Bréfritari: Soffía Daníelsdóttir
Viðtakandi: Jakobína Magnúsdóttir og Daníel Halldórsson
Dagsetning: A-1888-04-13
Skrifað á: Reykjavík  Gull.
Soffía var dóttir Jakobínu og Daníels

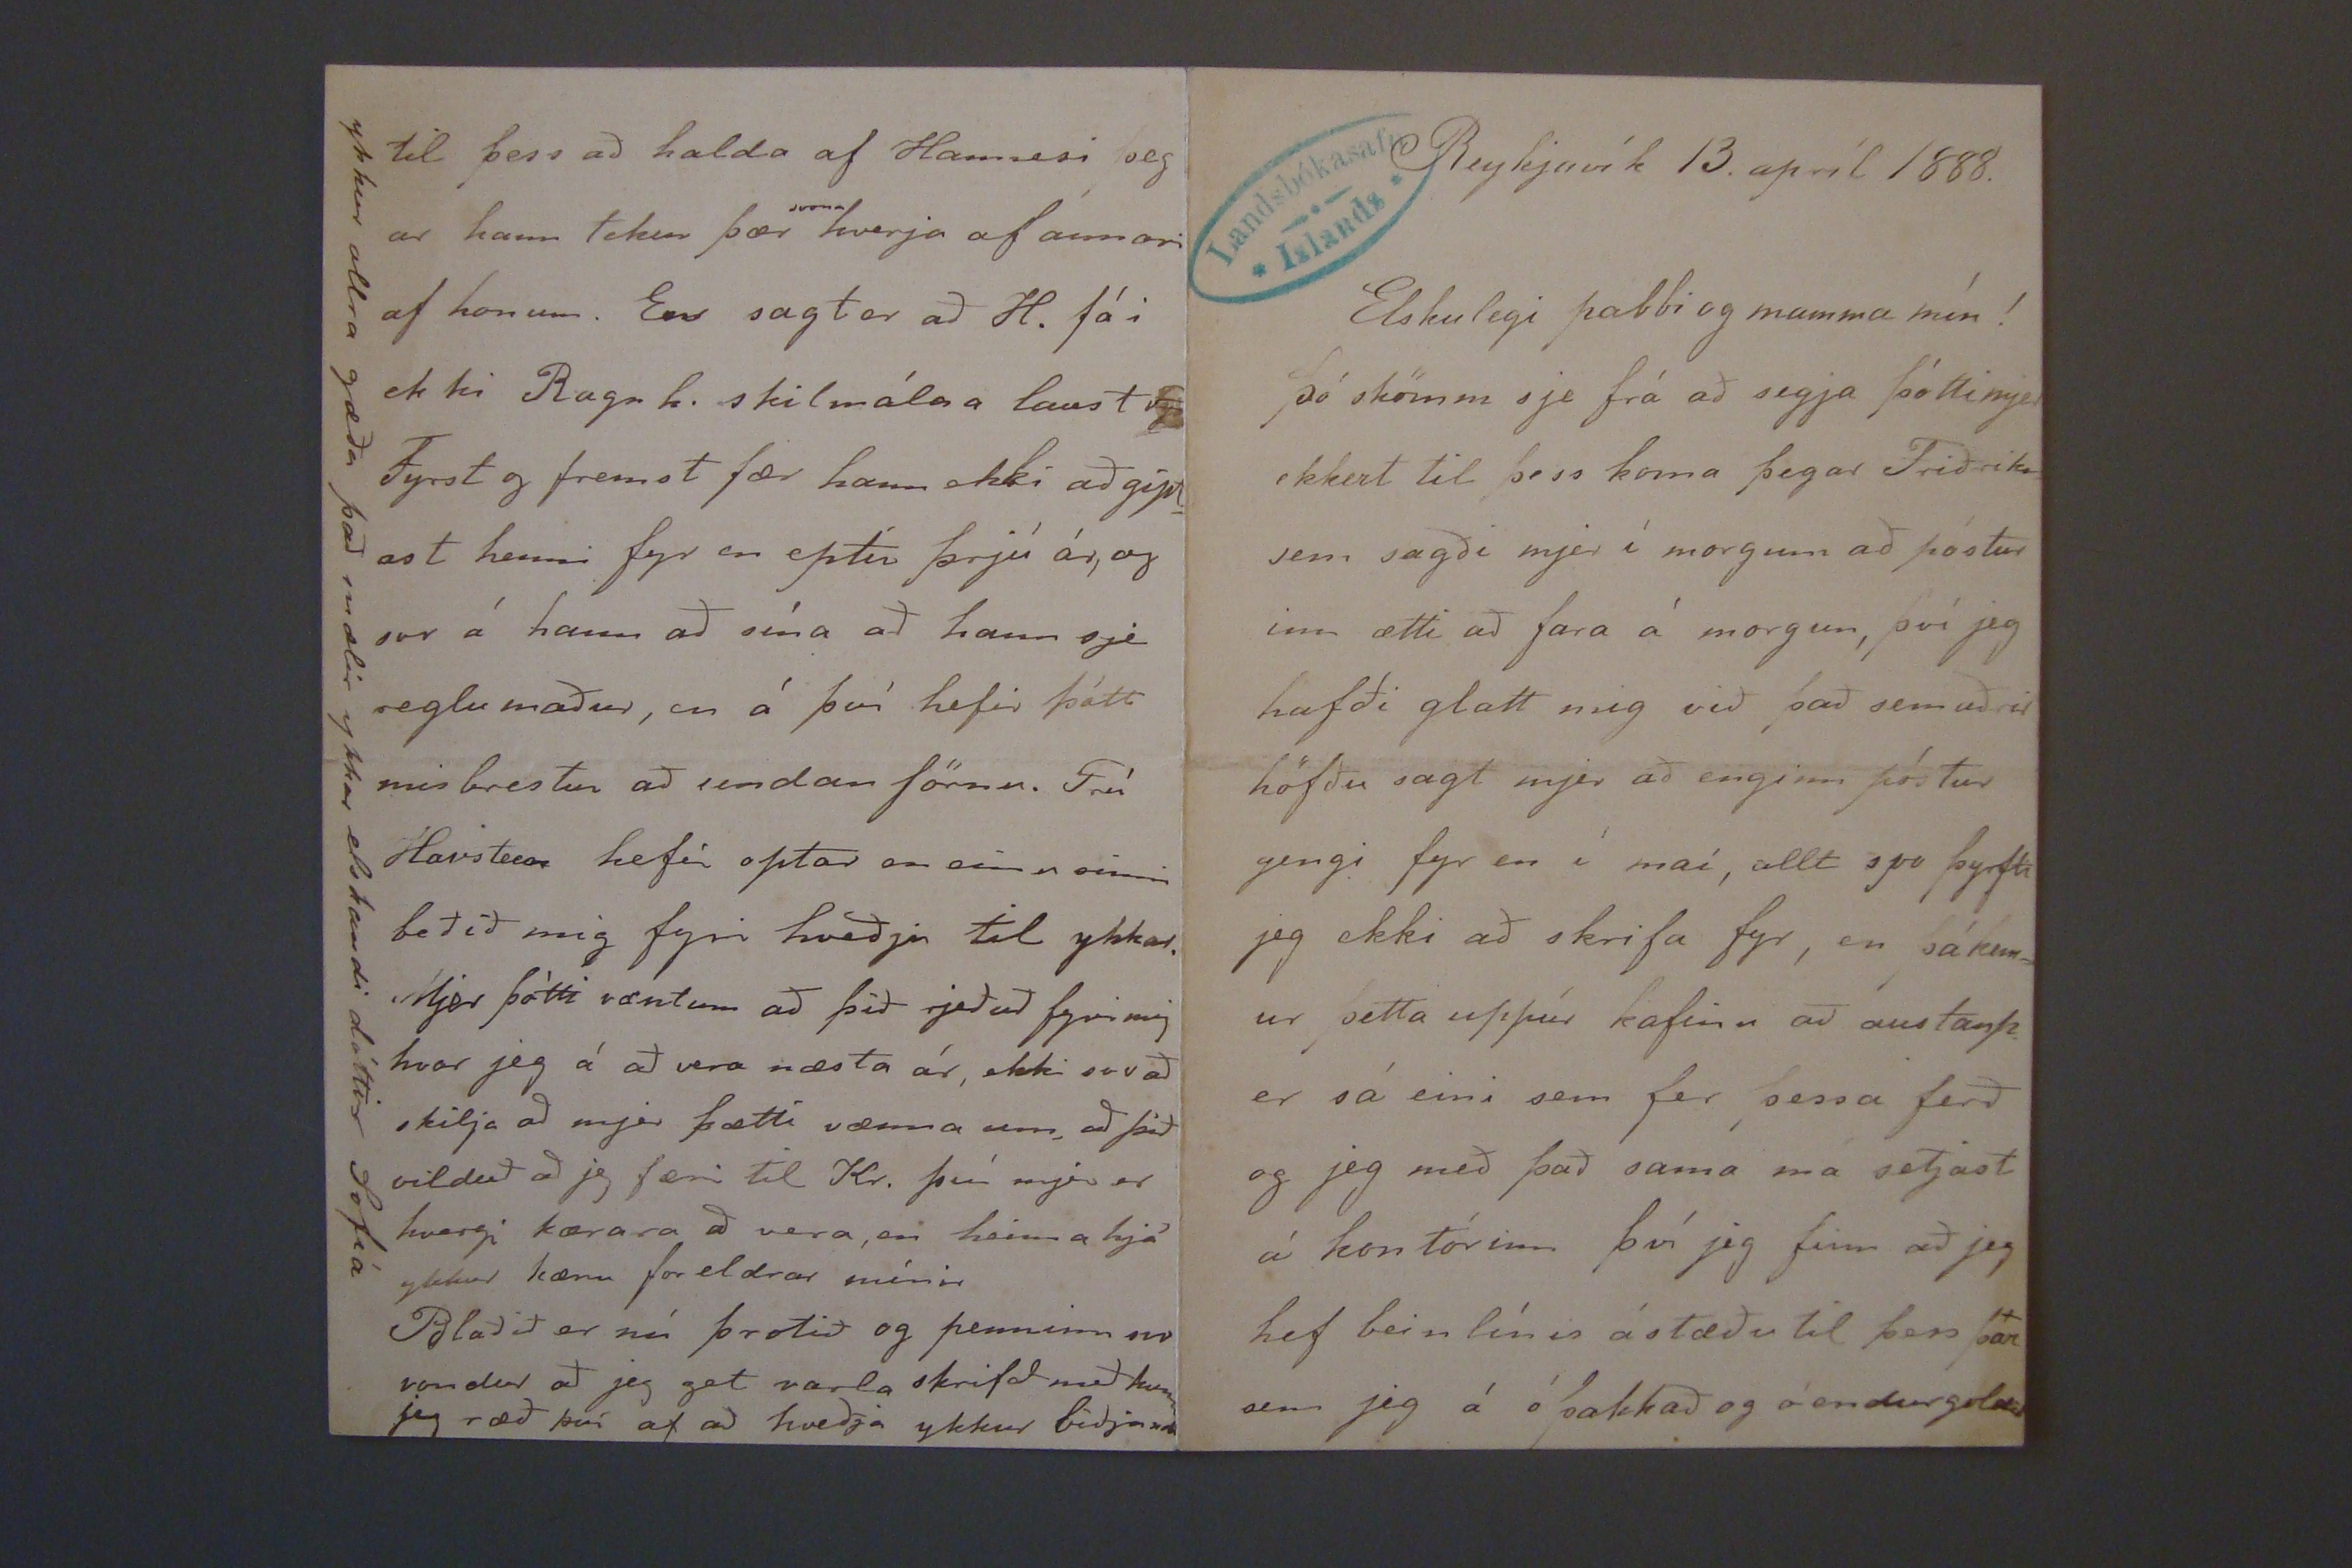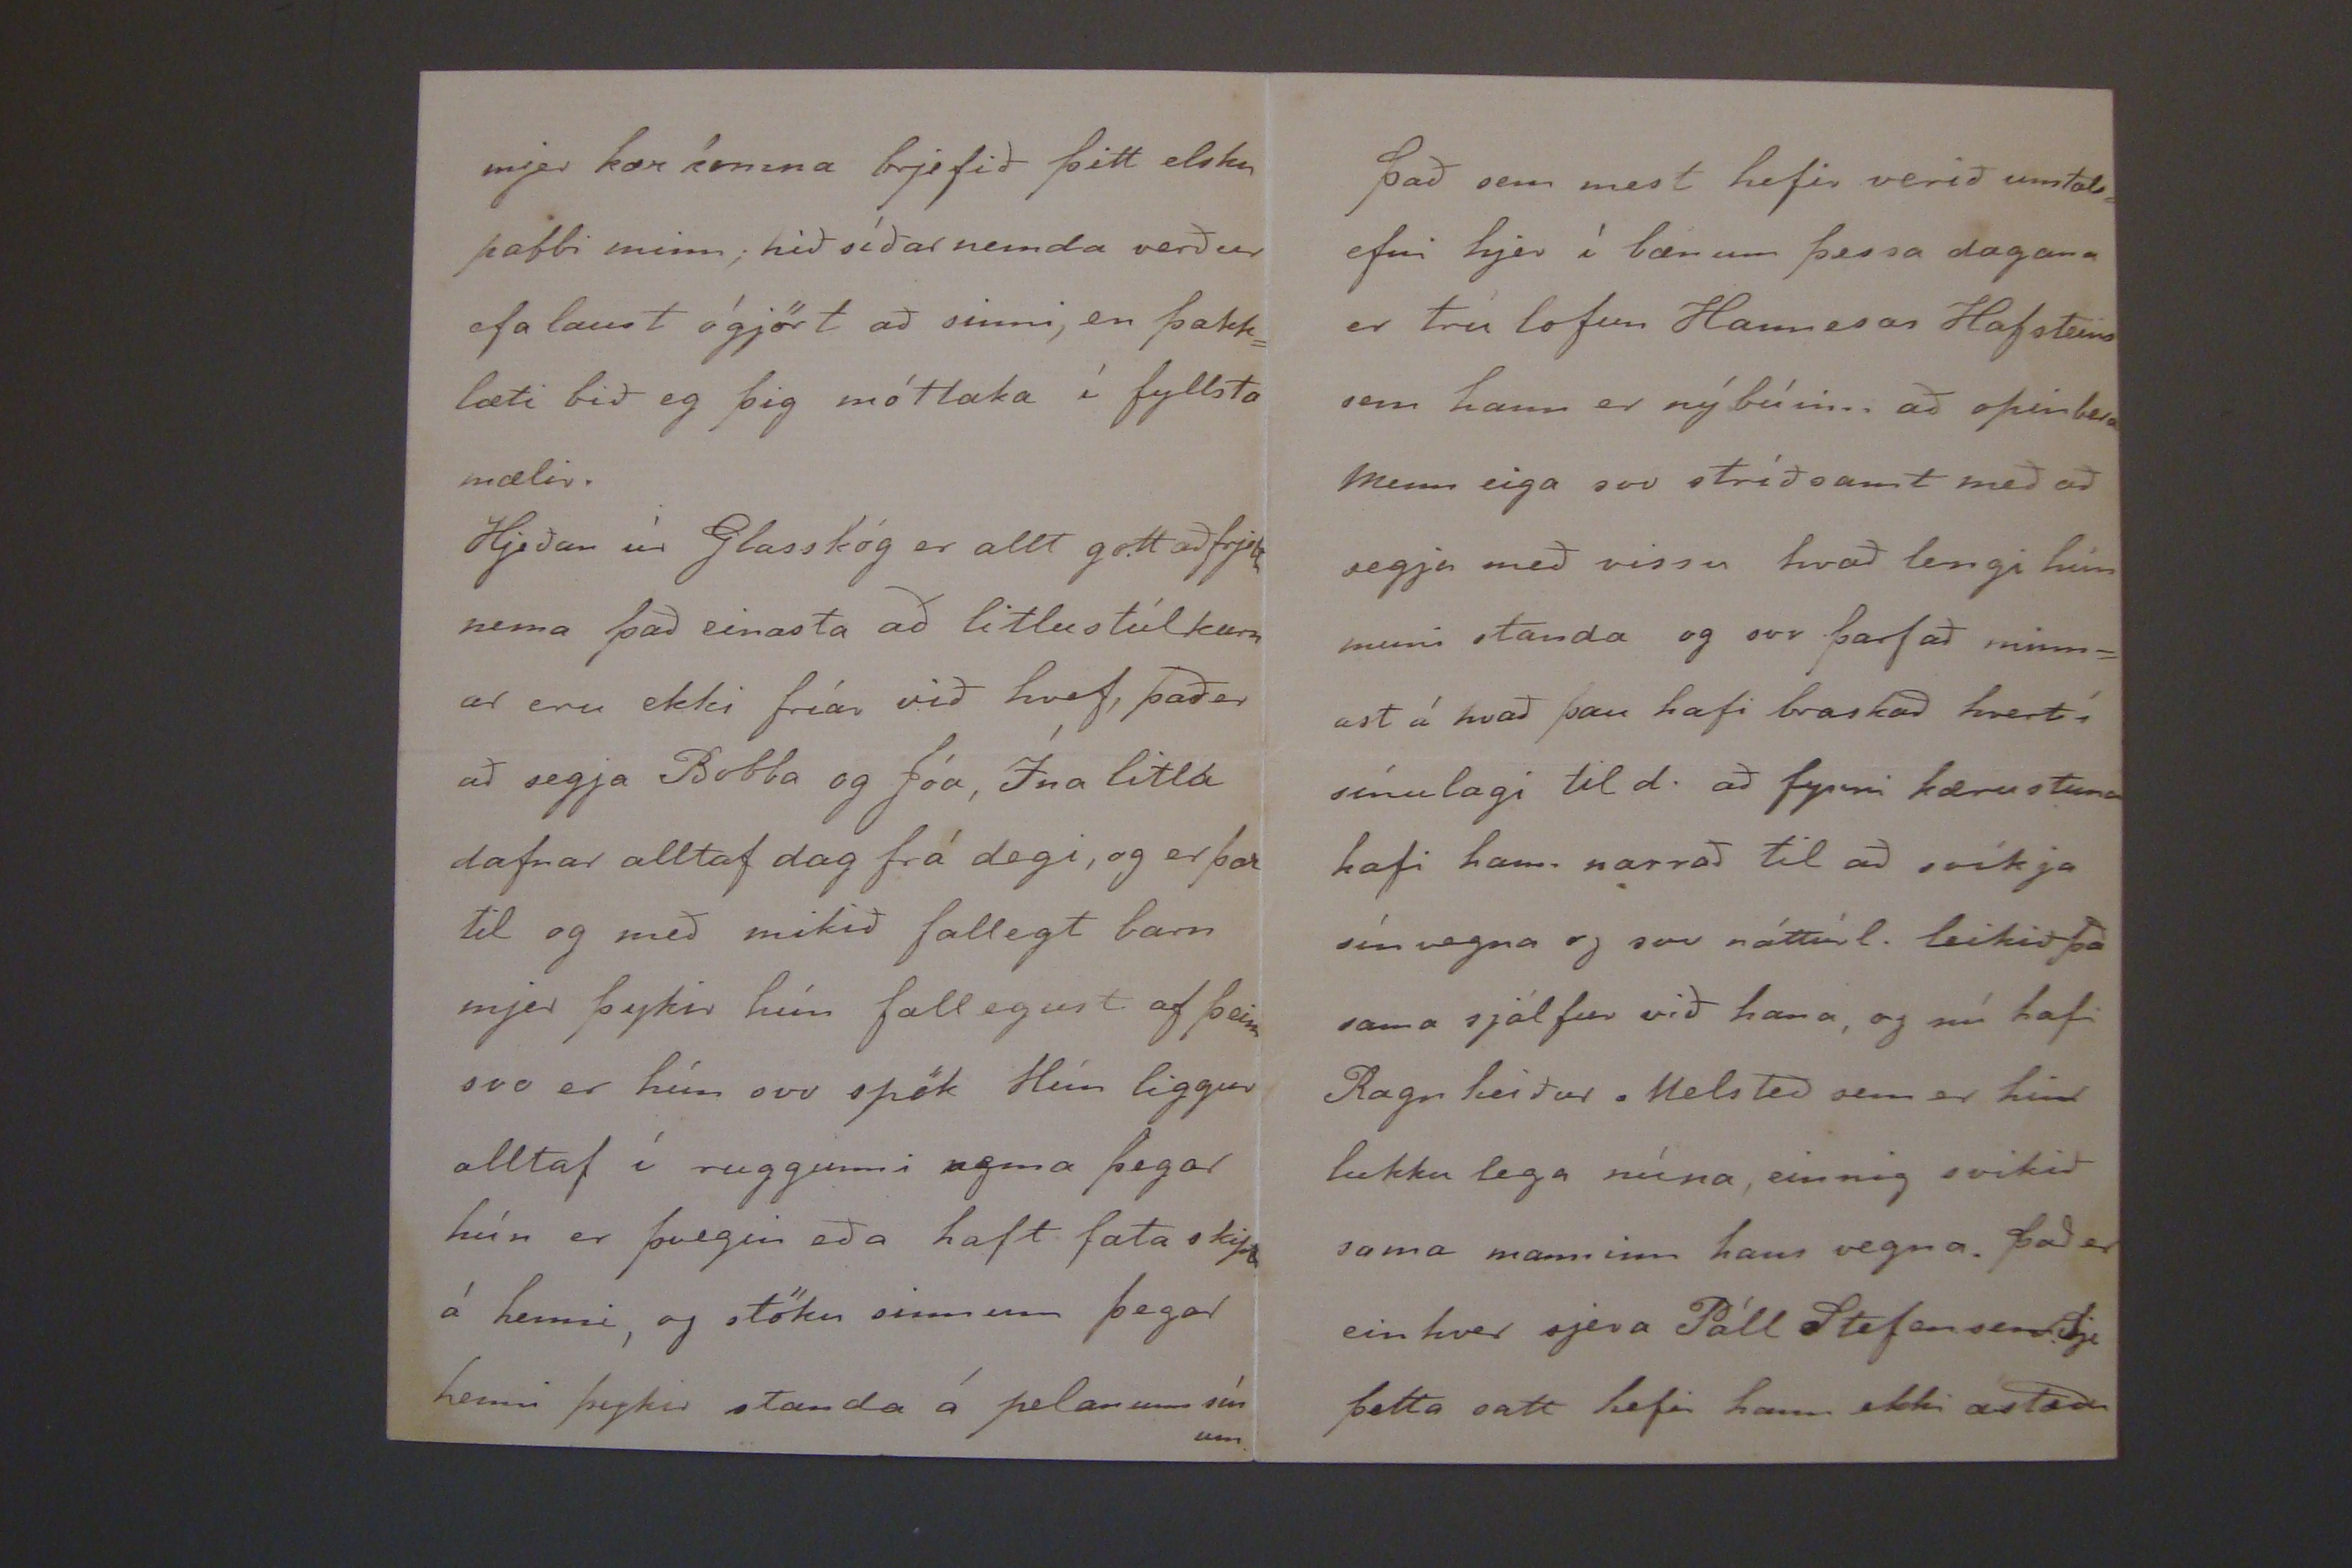

Reykjavík 13. apríl 1888.
Elskulegi pabbi og mamma mín!
Þó skömm sje frá að segja þótti mjer ekkert til þess koma þegar Friðriks= sen sagði mjer í morgun að póstur inn ætti að fara á morgun, því jeg hafði glatt mig við það sem aðrir höfðu sagt mjer að enginn póstur gengi fyr en í maí, allt
svo
þyrfti jeg ekki að skrifa fyr, en þá kem= ur þetta uppúr kafinu að austanp. er sá eini sem fer þessa ferð og jeg með það sama má setjast á kontórinn því jeg finn að jeg hef beinlínis ástæðu til þess þar
x
sem jeg á óþakkað og óendurgoldið
mjer kærkomna brjefið þitt elsku pabbi minn; hið síðarnemda verður efalaust ógjört að sinni; en þakk= læti bið eg þig móttaka í fyllsta mæli. Hjeðan úr Glasskóg er allt gott að frjetta nema það einasta að litlu stúlkurn ar eru ekki fríar við hvef, það er að segja Bobba og Jóa, ína litla dafnar alltaf dag frá degi, og er þar til og með mikið fallegt barn mjer þykir hún fallegust af þeim svo er hún svo spök Hún liggur alltaf í ruggunni nema þegar hún er þvegin eða haft fata skipti á henni, og stöku sinnum þegar henni þykir standa á pelanum sínum
Það sem mest hefir verið umtals= efni hjer í bænum þessa dagana er trú lofun Hannesar Hafsteins sem hann er nýbúinn að opinbera Menn eiga svo stríðsamt með að segja með vissu hvað lengi hún muni standa og svo þarf að minn= ast á hvað þau hafi braskað hvert í sínulagi til d. að fyrri kærustuna hafi hann narrað til að svíkja sín vegna og svo náttúrl. leikið það sama sjálfur við hana, og nú hafi Ragnheiður Melsteð sem er hin lukku lega núna, einnig svikið sama manninn hans vegna. Það er einhver sjera Páll Stefansen. Sje þetta satt hefir hann ekki ástæðu
til þess að halda af Hannesi þeg ar hann tekur þær
svona
hverja af annari af honum. En sagt er að H. fái ekki Ragnh. skilmálala laust
og
Fyrst og fremst fær hann ekki að gipt= ast henni fyr en eptir þrjú ár, og svo á hann að sína að hann sje reglumaður, en á því hefir þótt misbrestur að undan förnu. Frú Havstein hefir optar en einu sinni beðið mig fyri hveðju til ykkar. Mjer þótti vænt um að þið rjeðuð fyrir mig hvar jeg á að vera næsta ár, ekki svo að skilja að mjer þætti vænna um, að þið vilduð að jeg færi til Kr. því mjer er hvergi kærara, að vera, en heima hjá ykkur kæru foreldrar mínir Blaðið er nú þrotið og penninn svo vondur að jeg get varla skrifað með honum jeg ræð því af að hveðja ykkur biðjandi
ykkur allra gæða það mælir ykkar elskandi dóttir Sofía